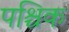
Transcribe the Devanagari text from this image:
पश्चिक